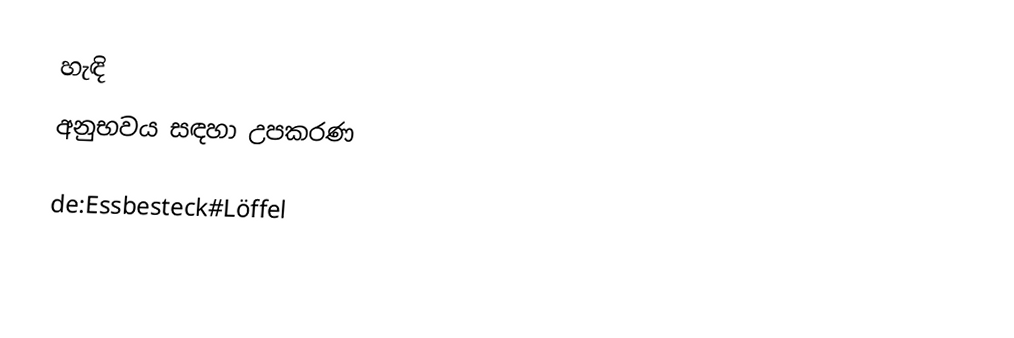
හැඳි
අනුභවය සඳහා උපකරණ

de:Essbesteck#Löffel